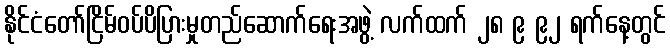
နိုင်ငံတော်ငြိမ်ဝပ်ပိပြားမှုတည်ဆောက်ရေးအဖွဲ့ လက်ထက် ၂၈ ၉ ၉၂ ရက်နေ့တွင်